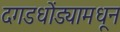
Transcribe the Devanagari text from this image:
दगडधोंड्यामधून